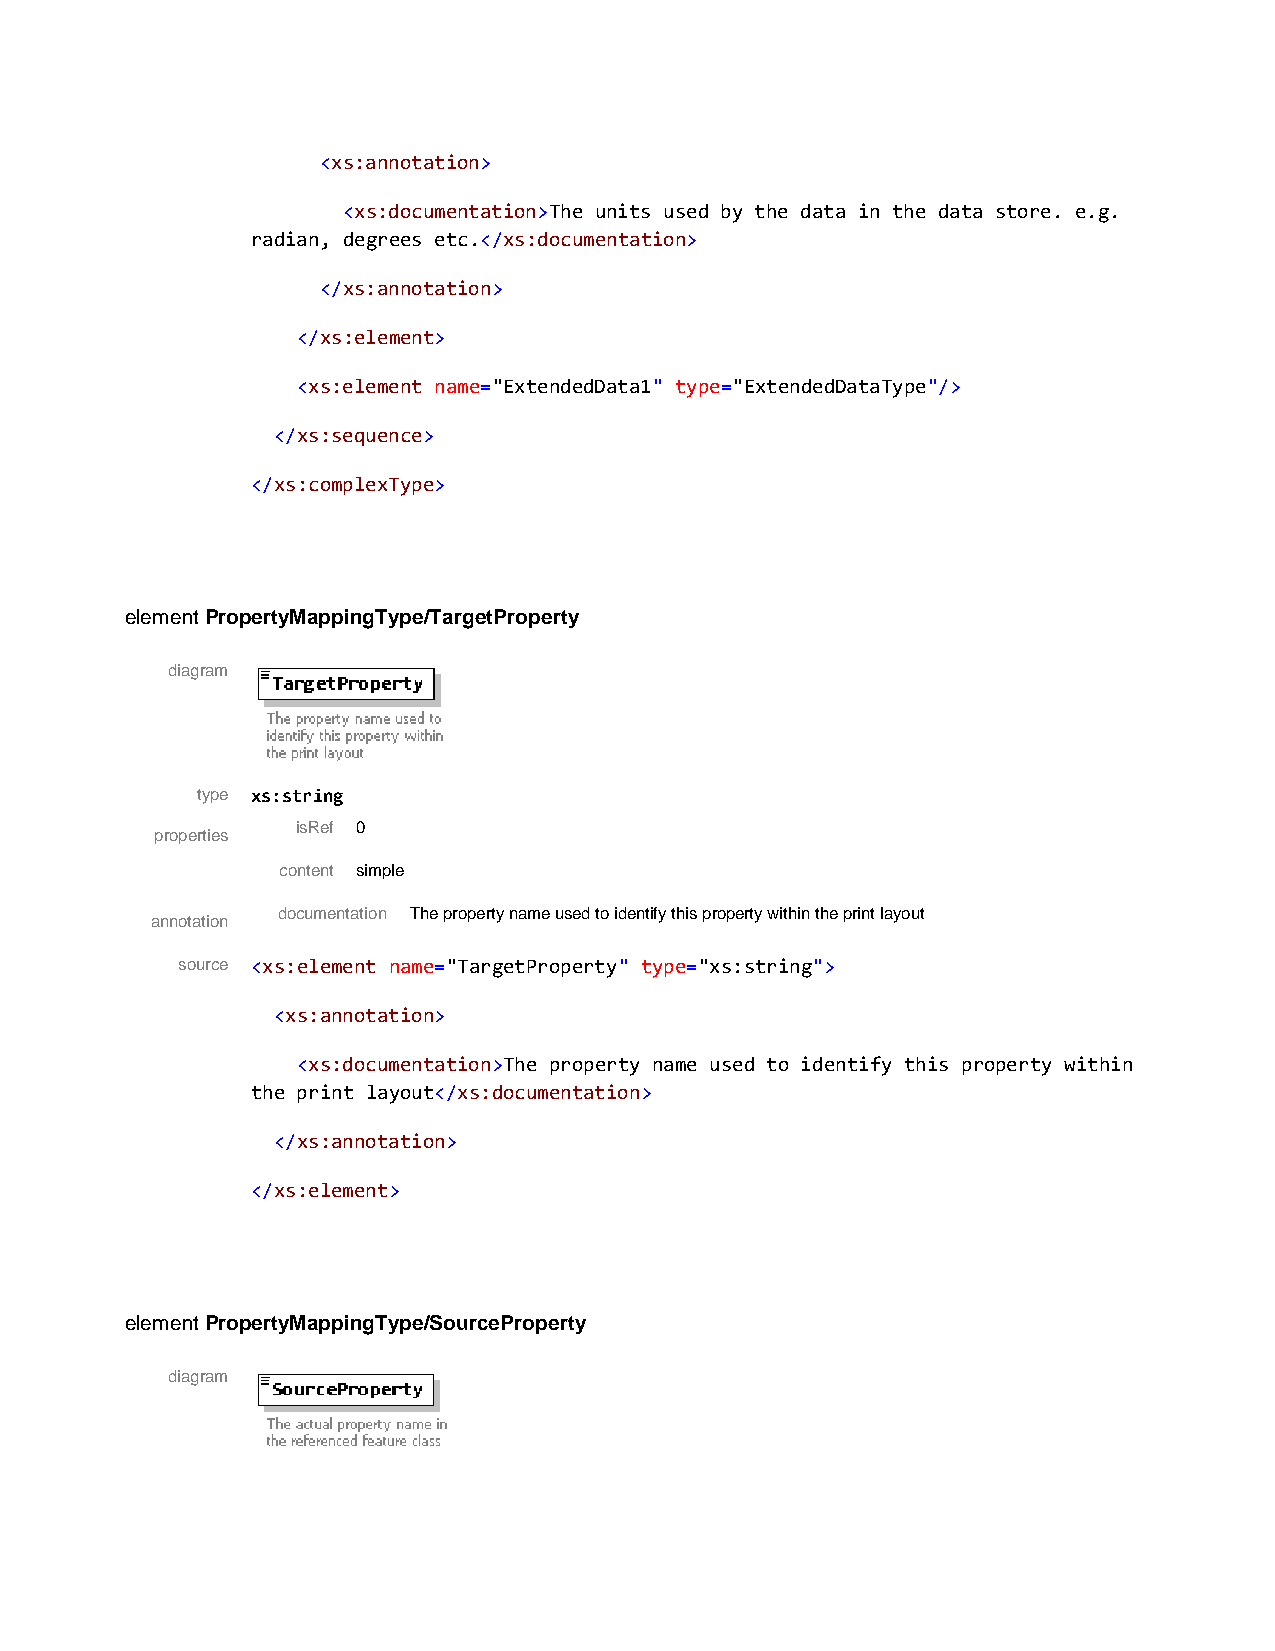
<xs:annotation>
 <xs:documentation>The units used by the data in the data store. e.g.
 radian, degrees etc.</xs:documentation>
 </xs:annotation>
 </xs:element>
 <xs:element name="ExtendedData1" type="ExtendedDataType"/>
 </xs:sequence>
 </xs:complexType>
 element PropertyMappingType/TargetProperty
 diagram
 type xs:string
 isRef 0
 properties
 content simple
 documentation The property name used to identify this property within the print layout
 annotation
 source <xs:element name="TargetProperty" type="xs:string">
 <xs:annotation>
 <xs:documentation>The property name used to identify this property within
 the print layout</xs:documentation>
 </xs:annotation>
 </xs:element>
 element PropertyMappingType/SourceProperty
 diagram